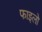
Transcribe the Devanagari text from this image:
फाइलो